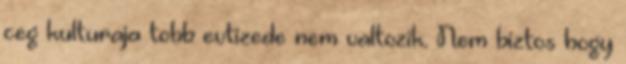
ceg kulturaja tobb evtizede nem valtozik. Nem biztos hogy